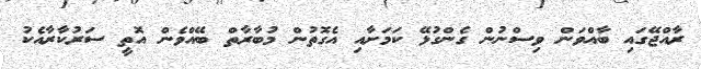
ރާއްޖޭގައި ބާއްވަން ވިސްނުން ގެންގުޅޭ ކަމަށާއި އެގޮތުން މުބާރާތް ބޭއްވެން އޮތީ ސަރުކާރާއެކު